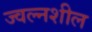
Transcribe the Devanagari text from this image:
ज्वल्नशील